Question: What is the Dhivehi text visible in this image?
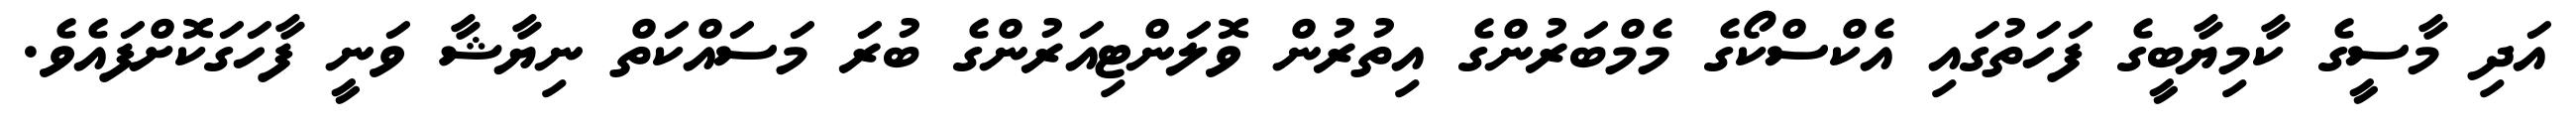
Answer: އަދި މާސީގެ ކާމިޔާބީގެ ފަހަތުގައި އެކްސްކޯގެ މެމްބަރުންގެ އިތުރުން ވޮލަންޓިއަރުންގެ ބުރަ މަސައްކަތް ނިޔާޝާ ވަނީ ފާހަގަކޮށްފައެވެ.